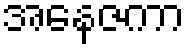
အနေဇကာ